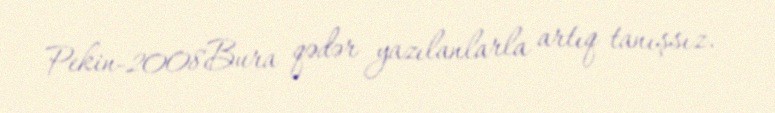
Pekin-2008Bura qədər yazılanlarla artıq tanışsız.